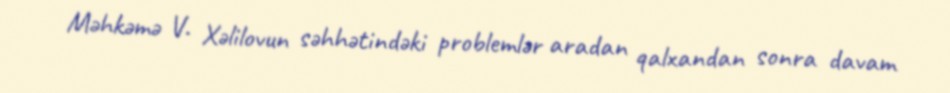
Məhkəmə V. Xəlilovun səhhətindəki problemlər aradan qalxandan sonra davam